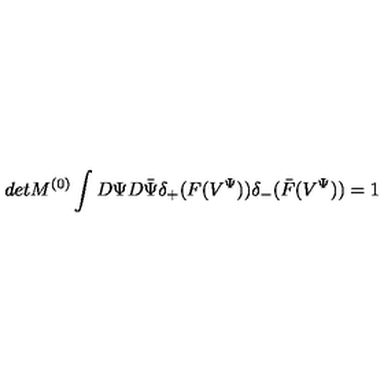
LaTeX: d e t M ^ { ( 0 ) } \int D \Psi D \bar { \Psi } \delta _ { + } ( F ( V ^ { \Psi } ) ) \delta _ { - } ( \bar { F } ( V ^ { \Psi } ) ) = 1